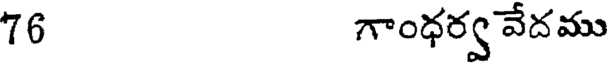
76 గాంధర్వ వేదము